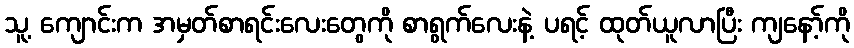
သူ့ ကျောင်းက အမှတ်စာရင်းလေးတွေကို စာရွက်လေးနဲ့ ပရင့် ထုတ်ယူလာပြီး ကျနော့်ကို